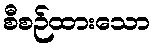
စီစဉ်ထားသော